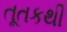
તૂતકથી